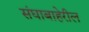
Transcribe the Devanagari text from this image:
संघाबाहेरील